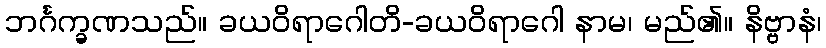
ဘင်္ဂက္ခဏသည်။ ခယဝိရာဂေါတိ-ခယဝိရာဂေါ နာမ၊ မည်၏။ နိဗ္ဗာနံ၊